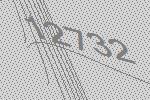
12732